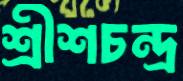
শ্রীশচন্দ্র